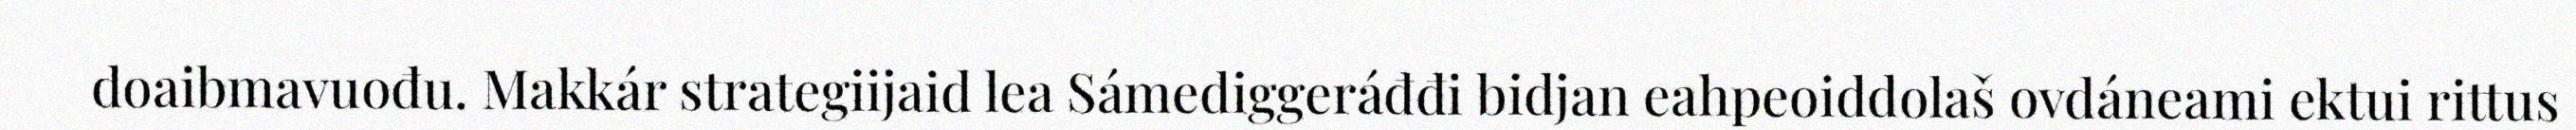
doaibmavuođu. Makkár strategiijaid lea Sámediggeráđđi bidjan eahpeoiddolaš ovdáneami ektui rittus